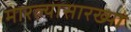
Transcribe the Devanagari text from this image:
मारल्यासारख्या